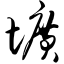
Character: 圹